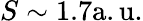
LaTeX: S\sim 1.7\mathrm{a.u.}